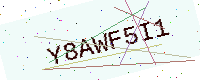
Text: Y8AWF5I1